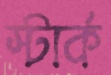
স্টার্ক